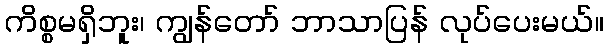
ကိစ္စမရှိဘူး၊ ကျွန်တော် ဘာသာပြန် လုပ်ပေးမယ်။